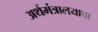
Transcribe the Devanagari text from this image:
अर्थमंत्रालयाचा